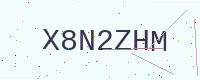
Text: X8N2ZHM